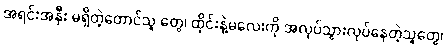
အရင်းအနှီး မရှိတဲ့တောင်သူ တွေ၊ ထိုင်းနဲ့မလေးကို အလုပ်သွားလုပ်နေတဲ့သူတွေ၊